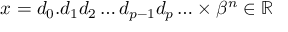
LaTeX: x = d _ { 0 } . d _ { 1 } d _ { 2 } \ldots d _ { p - 1 } d _ { p } \ldots \times \beta ^ { n } \in \mathbb { R }